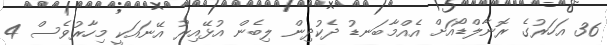
36 އަހަރުގެ ރޮނާލްޑޯއަށް އެއްމާބަނޑު ދެކުދިން ލިބެން އުޅޭއިރު އޭނައަކީ މިހާރުވެސް 4